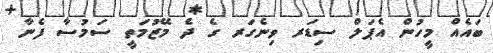
ބައެއް މީހުން އެޕަލް ސިޑަރ ވިނެގަރ ގެ ދެ މޭޒުމަތީ ސަމުސާ ފެނާ